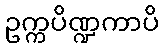
ဥက္ကပိဏ္ဍကာပိ